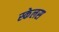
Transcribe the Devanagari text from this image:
स्केलस